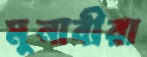
মুনাবীরা